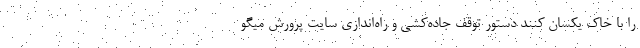
را با خاک یکسان کنند دستور توقف جاده‌کشی و راه‌اندازی سایت پرورش میگو